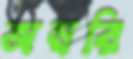
অম্বরি